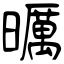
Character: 曞